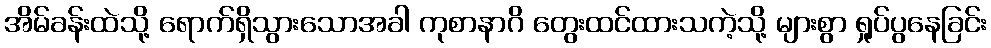
အိမ်ခန်းထဲသို့ ရောက်ရှိသွားသောအခါ ကုစာနာဂိ တွေးထင်ထားသကဲ့သို့ များစွာ ရှုပ်ပွနေခြင်း